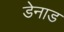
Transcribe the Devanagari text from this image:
डेनाड